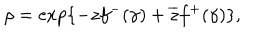
\rho = \exp \{ - z f ^ { - } ( \gamma ) + \overline { { { z } } } f ^ { + } ( \gamma ) \} ,